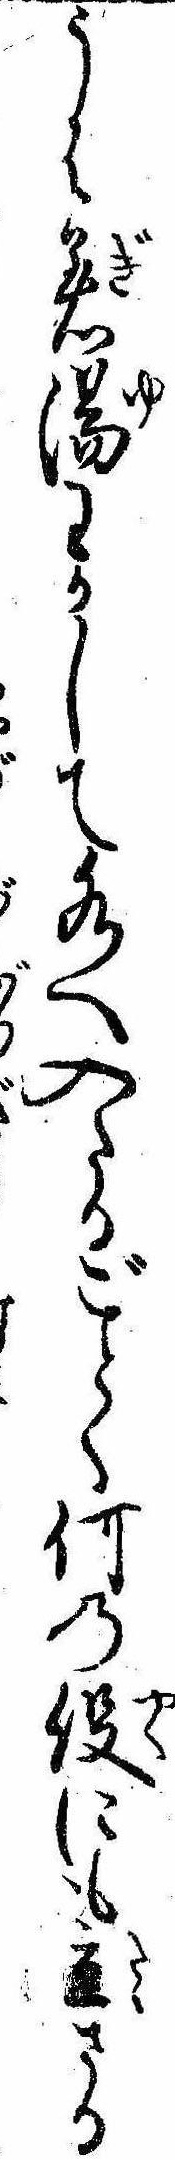
うは着湯わかして水へ入たるごとく何の役にも立ざる